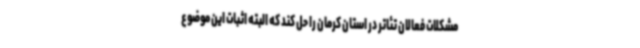
مشکلات فعالان تئاتر در استان کرمان را حل کند که البته اثبات این موضوع